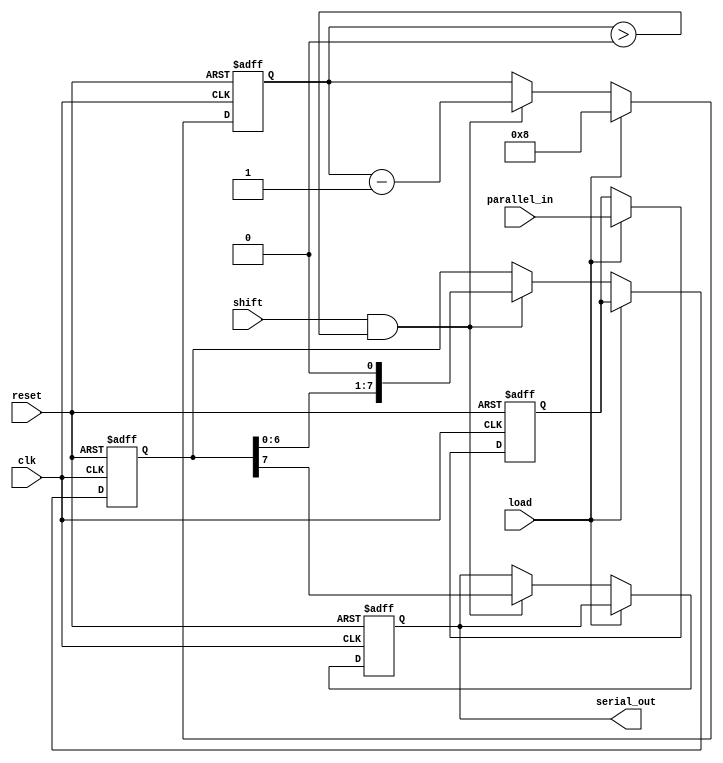
module TwoStagePISO #(
    parameter DATA_WIDTH = 8  // Parameterized data width
)(
    input wire clk,            // Clock input
    input wire reset,          // Active-high reset
    input wire load,           // Load control signal
    input wire shift,          // Shift control signal
    input wire [DATA_WIDTH-1:0] parallel_in,  // Parallel input data
    output reg serial_out       // Serial output
);

    // Internal registers for holding data
    reg [DATA_WIDTH-1:0] input_reg;   // Input stage register
    reg [DATA_WIDTH-1:0] shift_reg;    // Output stage shift register
    reg [4:0] bit_count;                // Bit counter for shifting (max width + 1)

    always @(posedge clk or posedge reset) begin
        if (reset) begin
            // On reset, clear all registers and counters
            input_reg <= 0;
            shift_reg <= 0;
            serial_out <= 0;
            bit_count <= 0;
        end else begin
            if (load) begin
                // Load data into the input register
                input_reg <= parallel_in;
                // Initialize shift register and bit counter
                shift_reg <= input_reg;
                bit_count <= DATA_WIDTH;  // Set bit count to the width of the data
            end else if (shift && bit_count > 0) begin
                // Shift the data from the input register to the shift register
                serial_out <= shift_reg[DATA_WIDTH-1]; // Output MSB
                // Shift operation
                shift_reg <= {shift_reg[DATA_WIDTH-2:0], 1'b0}; // Shift left
                bit_count <= bit_count - 1; // Decrease bit counter
            end
        end
    end
endmodule